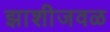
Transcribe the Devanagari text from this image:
झाशीजवळ